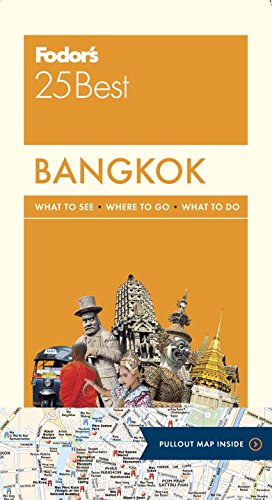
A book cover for Fodor's Bangkok 25 Best (Full-color Travel Guide); Fodor's; Travel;